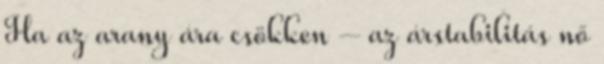
Ha az arany ára csökken – az árstabilitás nő